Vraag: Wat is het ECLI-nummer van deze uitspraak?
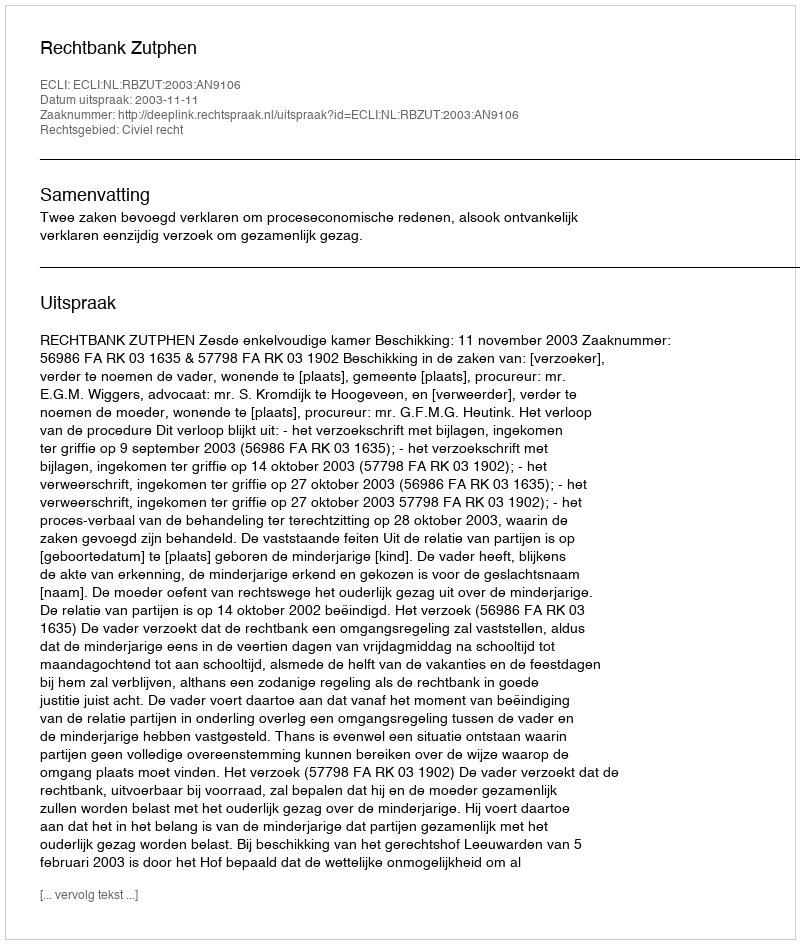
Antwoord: ECLI:NL:RBZUT:2003:AN9106